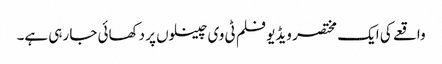
واقعے کی ایک مختصر ویڈیو فلم ٹی وی چینلوں پر دکھائی جا رہی ہے۔